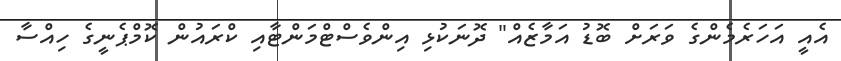
އެއީ އަހަރެމެންގެ ވަރަށް ބޮޑު އަމާޒެއް" ދޮނަކުޅި އިންވެސްޓްމަންޓާއި ކްރައުން ކޮމްޕެނީގެ ހިއްސާ